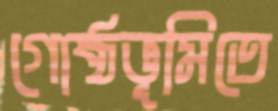
গোষ্ঠভূমিতে